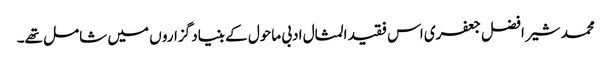
محمد شیر افضل جعفری اس فقید المثال ادبی ماحول کے بنیاد گزارو ں میں شامل تھے۔